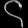
Digit: ၄